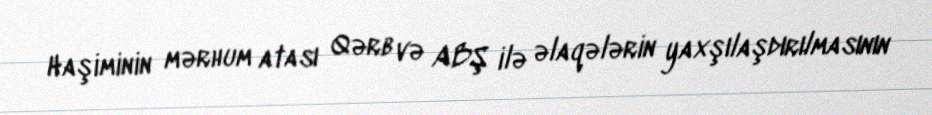
Haşiminin mərhum atası Qərb və ABŞ ilə əlaqələrin yaxşılaşdırılmasının